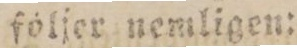
följer nemligen: